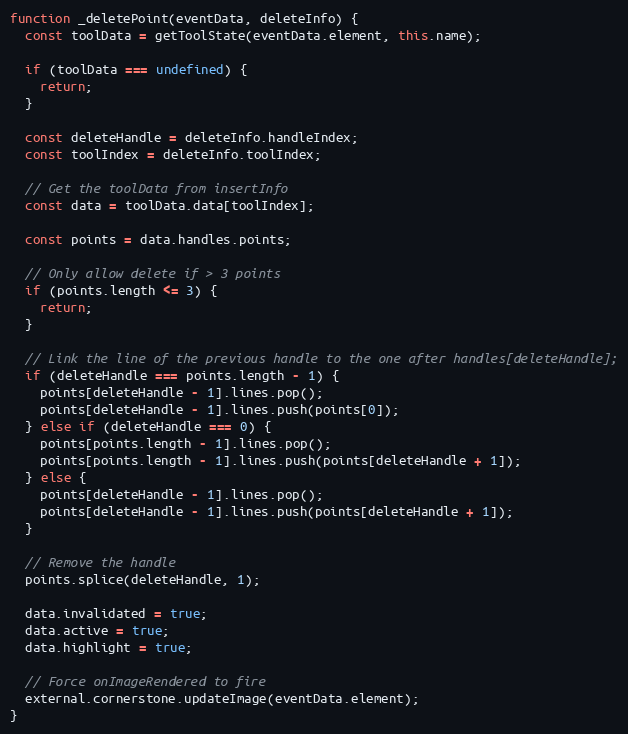
Language: JavaScript
function _deletePoint(eventData, deleteInfo) {
  const toolData = getToolState(eventData.element, this.name);

  if (toolData === undefined) {
    return;
  }

  const deleteHandle = deleteInfo.handleIndex;
  const toolIndex = deleteInfo.toolIndex;

  // Get the toolData from insertInfo
  const data = toolData.data[toolIndex];

  const points = data.handles.points;

  // Only allow delete if > 3 points
  if (points.length <= 3) {
    return;
  }

  // Link the line of the previous handle to the one after handles[deleteHandle];
  if (deleteHandle === points.length - 1) {
    points[deleteHandle - 1].lines.pop();
    points[deleteHandle - 1].lines.push(points[0]);
  } else if (deleteHandle === 0) {
    points[points.length - 1].lines.pop();
    points[points.length - 1].lines.push(points[deleteHandle + 1]);
  } else {
    points[deleteHandle - 1].lines.pop();
    points[deleteHandle - 1].lines.push(points[deleteHandle + 1]);
  }

  // Remove the handle
  points.splice(deleteHandle, 1);

  data.invalidated = true;
  data.active = true;
  data.highlight = true;

  // Force onImageRendered to fire
  external.cornerstone.updateImage(eventData.element);
}